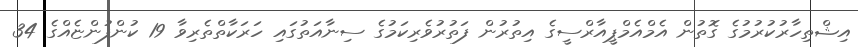
އިޝްތިހާރުކުރުމުގެ ގޮތުން އެމްއެމްޕީއާރްސީގެ އިތުރުން ފަތުރުވެރިކަމުގެ ސިނާއަތުގައި ހަރަކާތްތެރިވާ 19 ކުންފުންޏެއްގެ 34